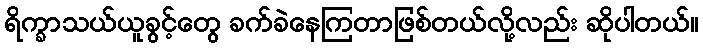
ရိက္ခာသယ်ယူခွင့်တွေ ခက်ခဲနေကြတာဖြစ်တယ်လို့လည်း ဆိုပါတယ်။